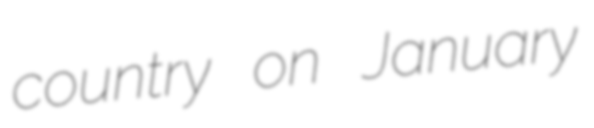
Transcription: country on January